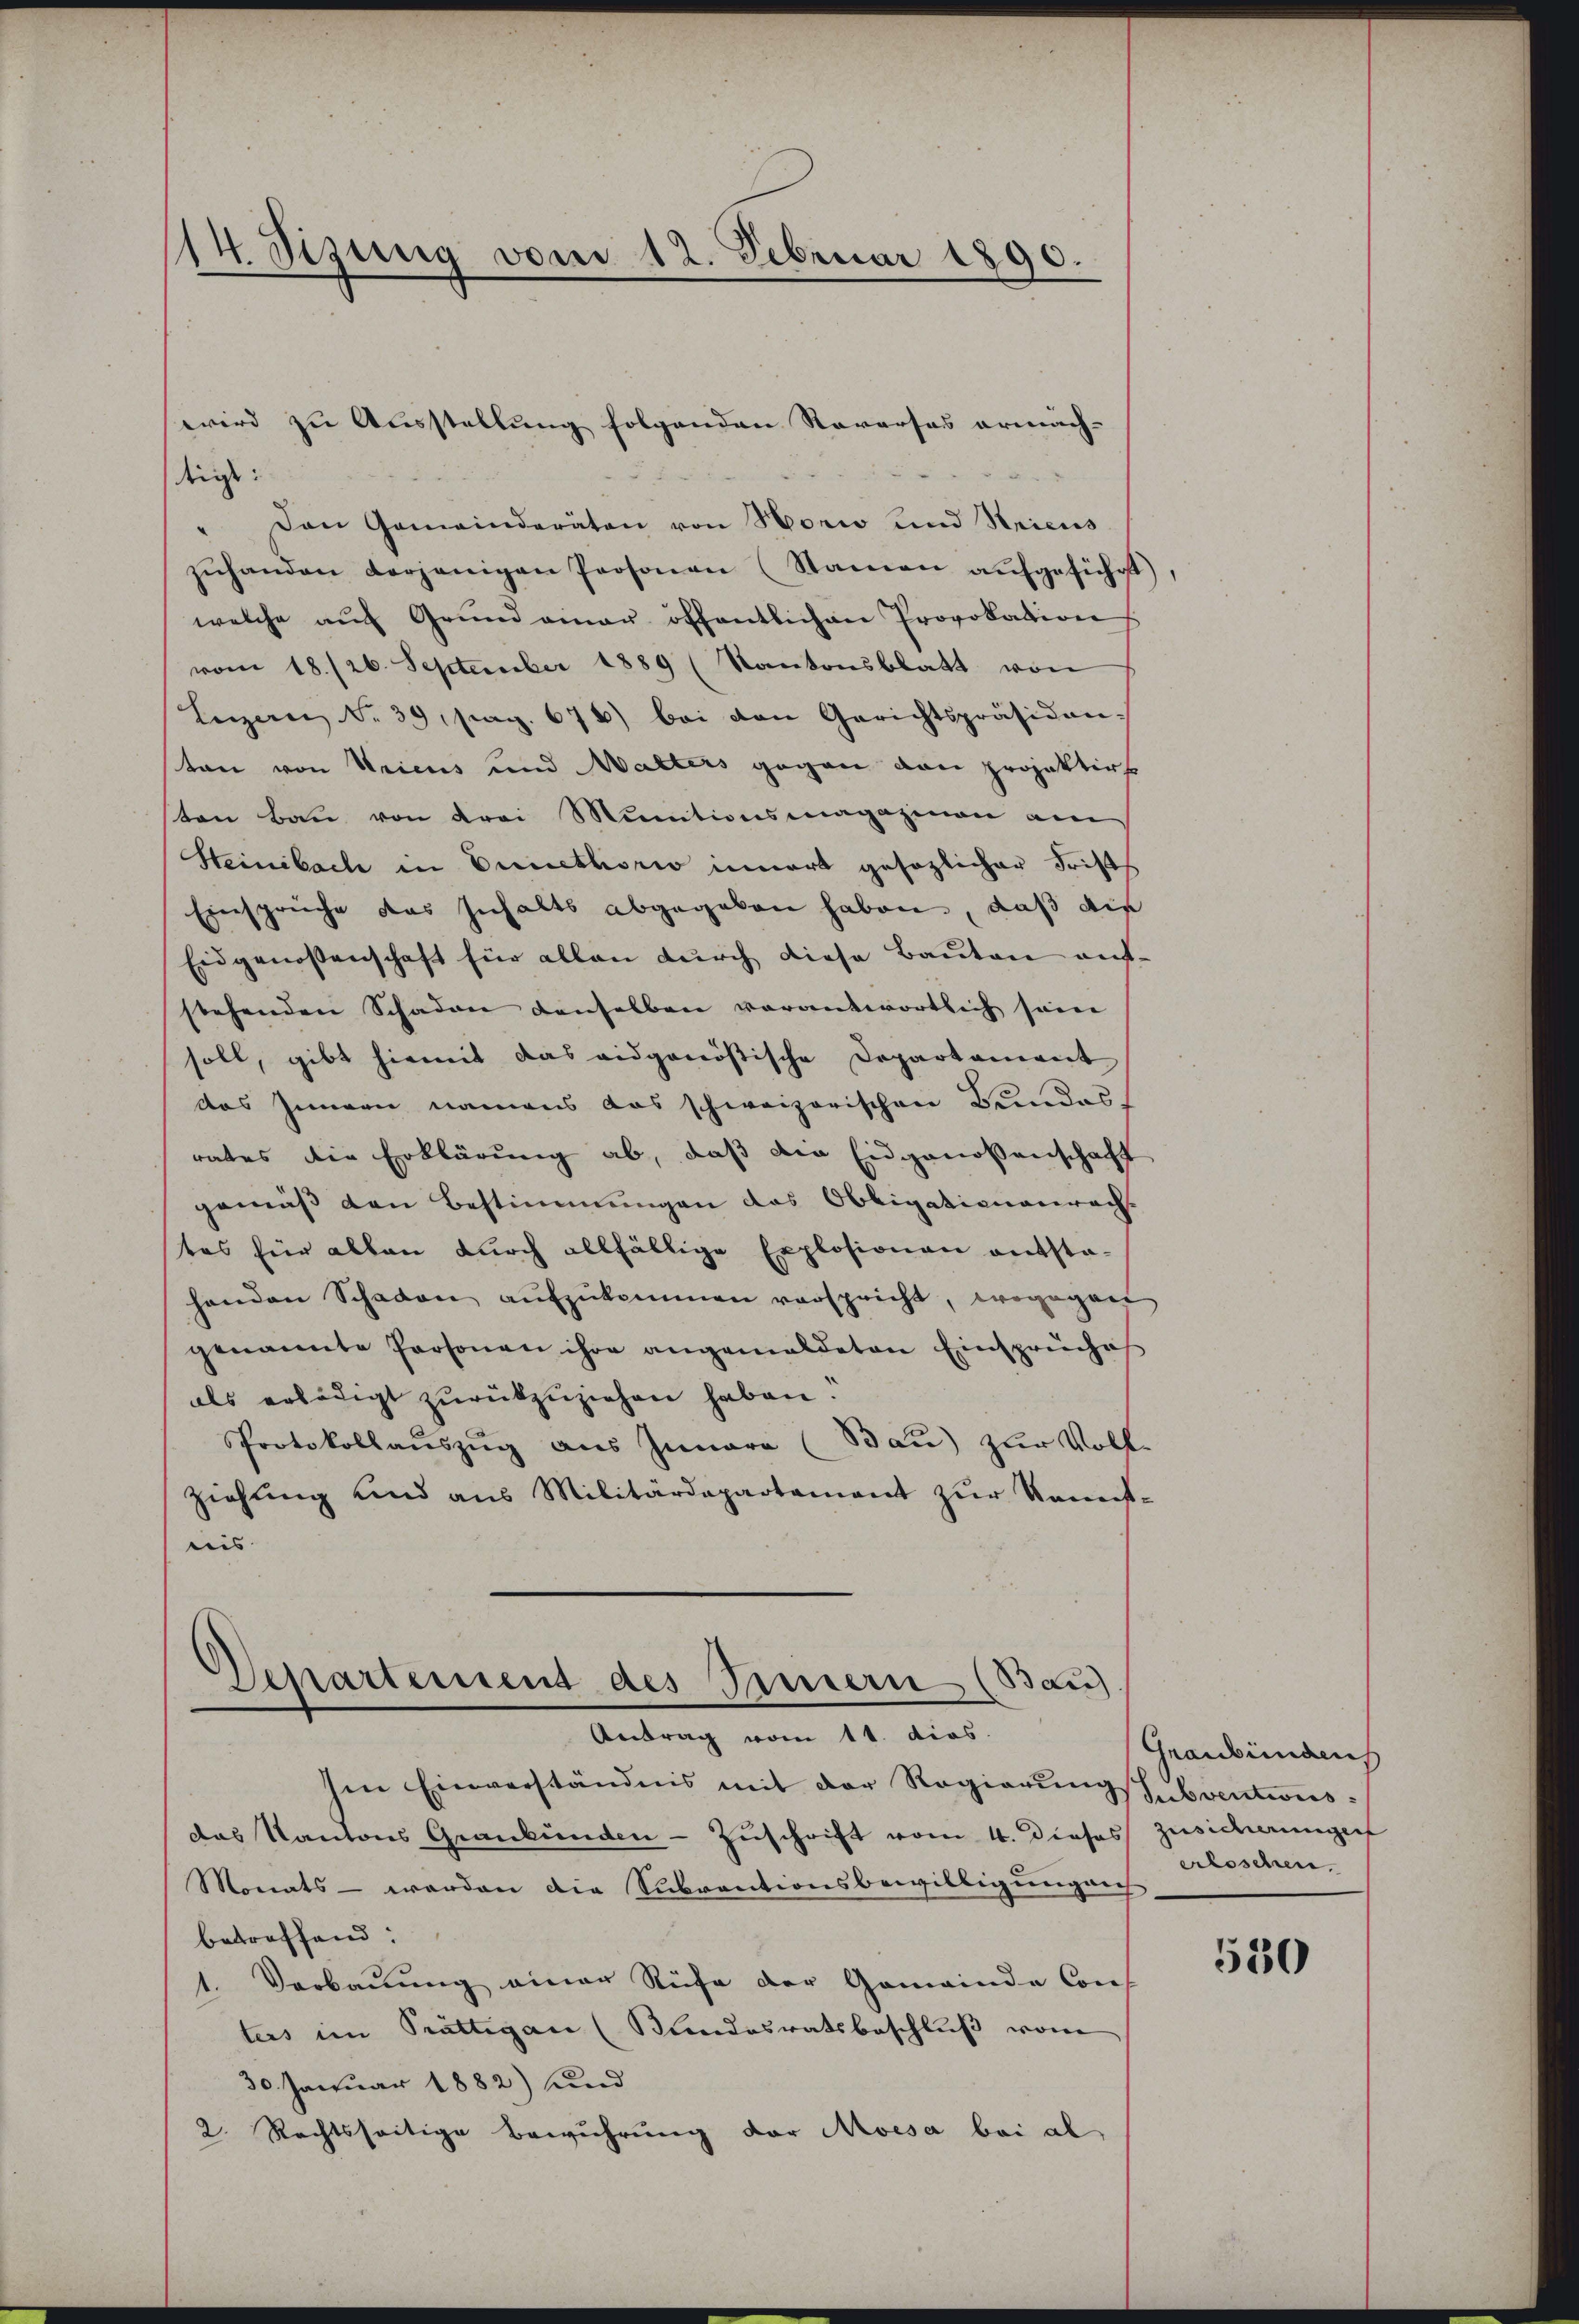
14. Sizung vom 12. Februar 1890.

digt:
Den Gemeinderäten von Horio und Stricus
zŭhanden derjenigen Personen (Stamen aŭfgeführt,
welche aŭf Grŭnd ainer öffentlichen Provokation
vom 18./26. September 1889 (Kantonsblatt von
Luzern No. 39, pag. 670) bei den Gerichtspräsidenston von Uricus und Malters gegen dann projektirt
ten Bau von drei Munitionsmagazinen am
Steinbach in Ernethorio innert gesezlicher Frist
Einspreche das Inhalts abgegeben haben, daß die
Eidgenossenschaft für allen durch diese Bauten aufstehenden Schaden denselben vorantwortlich seine
soll, gibt hiemit das eidgenössische Departament
das Innern namens das schweizerischen Bundes
rates die Erklärung ab, daß die Eidgenossenschaft
gemäß den Bestimmungen das Obligationenrech-
tes für allen durch allfällige Explosionen entsta-
henden Schaden aŭfzŭkommen verspricht, wogegen
genannte Personen ihre angemeldeten Einspruches
als erledigt zŭrückzuziehen haben!
Protokollauszug aus Innara (Bau) zur Vollziehung und aus Militärdepartament zŭr Kannst-
eis

wird zu Ausstellung folgenden Roverses ermäch-

Departemend des Innern (Bau).
Antrag vom 11. dies.

sen Einverständnis mit der Regierung
das Kantons Graubünden - Zuschrift vom 4. Dieses Zusicherungen
Monats - werden die Subventionsbewilligung auf,
betreffend:
1. Verbauung einer Rufe der Gemeinde Cons
tus im Prättigau (Sandesratsbeschluß vom
30. Januar 1882) und
2. Rechtsseitige Bewuhrung der Moisa bei al

Graubündens
Subventwis
erloschen.

530